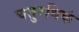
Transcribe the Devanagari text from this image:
चतुरधिकं